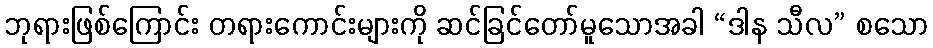
ဘုရားဖြစ်ကြောင်း တရားကောင်းများကို ဆင်ခြင်တော်မူသောအခါ “ဒါန သီလ” စသော